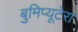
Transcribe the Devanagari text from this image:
बुमिप्यूटेरा